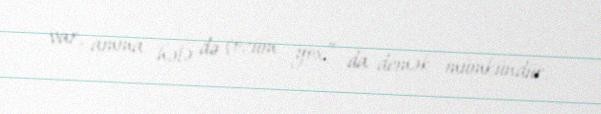
var, amma hələ də çözüm yox” da demək mümkündür.